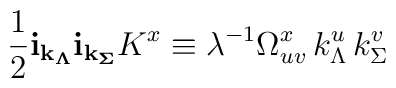
\frac {1}{2} {\bf i}_{\bf k_\Lambda}{\bf i}_{\bf k_\Sigma}K^x\equiv \lambda^{-1} \Omega^x_{uv} \, k^u_\Lambda \, k^v_\Sigma